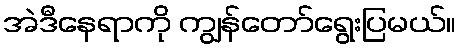
အဲဒီနေရာကို ကျွန်တော်ရွေးပြမယ်။